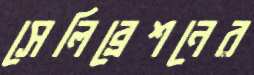
সেলিব্রেশনের